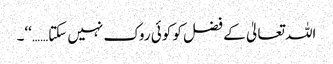
اللہ تعالیٰ کے فضل کو کوئی روک نہیں سکتا……‘‘۔